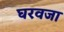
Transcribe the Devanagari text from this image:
घरवजा